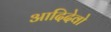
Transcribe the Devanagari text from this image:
आदिदेवो